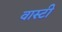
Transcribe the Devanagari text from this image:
वास्टी